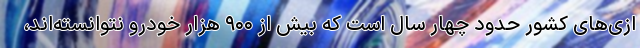
ازی‌های کشور حدود چهار سال است که بیش از ۹۰۰ هزار خودرو نتوانسته‌اند،